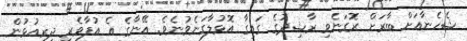
ޝެހެނާއަށް ބާރަށް ރޮގަނެވި ރާޝިދުގެ ގައިގާ އޮޅުލާގަނެވުނެވެ. އޭނާގެ އެ އުފާވެރި ދިރިއުޅުން